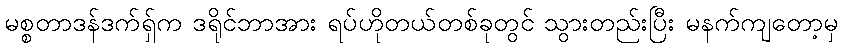
မစ္စတာဒန်ဒက်ရှ်က ဒရိုင်ဘာအား ရပ်ဟိုတယ်တစ်ခုတွင် သွားတည်းပြီး မနက်ကျတော့မှ